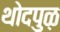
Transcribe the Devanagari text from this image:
थोदपुऴ